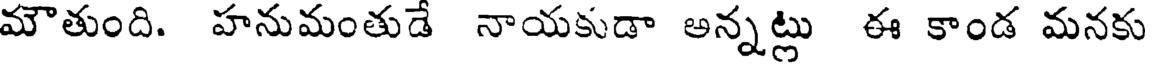
మౌతుంది. హనుమంతుడే నాయకుడా అన్నట్లు ఈ కాండ మనకు